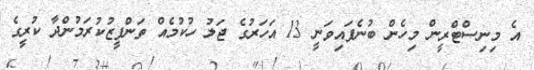
އެ މިނިސްޓްރީން މިހެން ބުނެފައިވަނީ 13 އަހަރުގެ ޖަލު ހުކުމެއް ތަންފީޒުކުރަމުންދާ ކުރީގެ